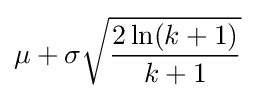
\mu +\sigma {\sqrt {{2\ln(k+1)} \over {k+1}}}